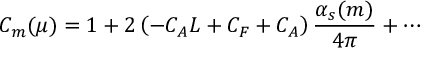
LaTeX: C _ { m } ( \mu ) = 1 + 2 \left( - C _ { A } L + C _ { F } + C _ { A } \right) \frac { \alpha _ { s } ( m ) } { 4 \pi } + \cdots